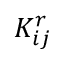
K _ { i j } ^ { r }